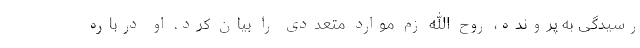
رسیدگی به پرونده، روح الله زم موارد متعددی را بیان کرد. او درباره